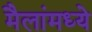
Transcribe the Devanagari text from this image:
मैलांमध्ये